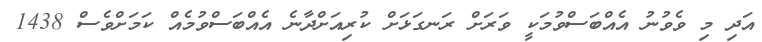
އަދި މި ވެވުނު އެއްބަސްވުމަކީ ވަރަށް ރަނގަޅަށް ކުރިއަށްދާނެ އެއްބަސްވުމެއް ކަމަށްވެސް 1438